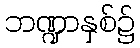
ဘဏ္ဍာနှစ်၌